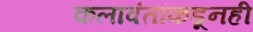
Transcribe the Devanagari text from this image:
कलावंतांकडूनही